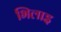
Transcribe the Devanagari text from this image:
भिलाइ